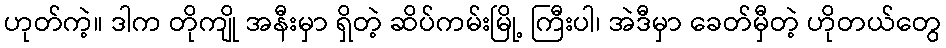
ဟုတ်ကဲ့။ ဒါက တိုကျို အနီးမှာ ရှိတဲ့ ဆိပ်ကမ်းမြို့ ကြီးပါ၊ အဲဒီမှာ ခေတ်မှီတဲ့ ဟိုတယ်တွေ